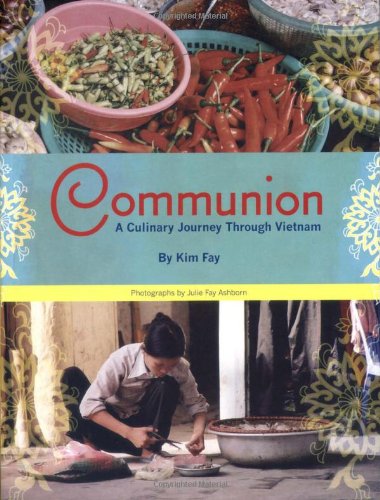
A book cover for Communion: A Culinary Journey Through Vietnam; Kim Fay; Travel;